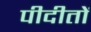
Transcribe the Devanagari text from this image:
पीदीतों